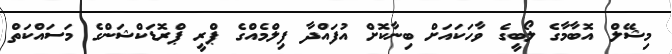
މިޝޭލް އޮބާމާގެ ލޯބީގެ ވާހަކައަށް ބިނާކޮށް އުފައްދާ ފިލްމެއްގެ ޕްރީ ޕްރޮޑަކްޝަންގެ މަސައްކަތް